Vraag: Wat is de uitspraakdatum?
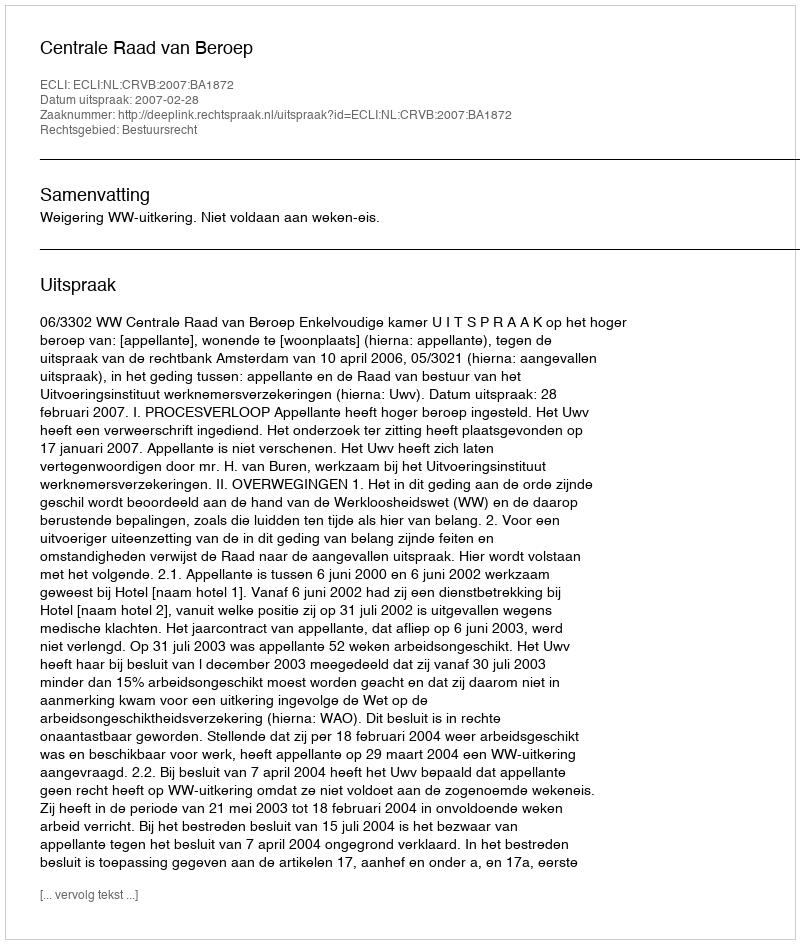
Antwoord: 2007-02-28